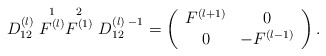
\begin{align*}D_{12}^{(l)} \stackrel{1}{F^{(l)}} \stackrel{2}{F^{(1)}} D_{12}^{(l) \; -1}= \left( \begin{array} {cc} F^{(l+1)} & 0\\ 0 & - F^{(l-1)} \end{array} \right).\end{align*}